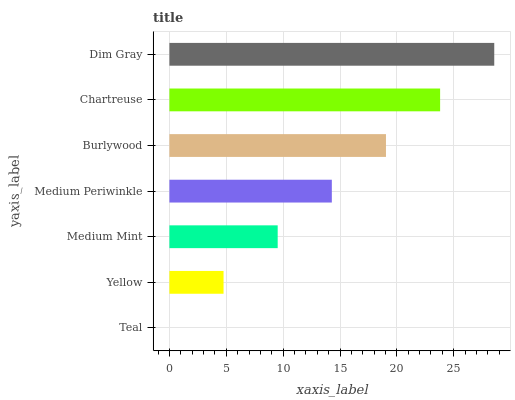
| yaxis_label | bars |
 | --- | --- |
 | Teal | 0 |
 | Yellow | 4.76 |
 | Medium Mint | 9.52 |
 | Medium Periwinkle | 14.3 |
 | Burlywood | 19 |
 | Chartreuse | 23.8 |
 | Dim Gray | 28.6 |